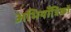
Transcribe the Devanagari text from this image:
अभियाँत्रिकों